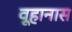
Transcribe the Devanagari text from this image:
वूहानास